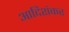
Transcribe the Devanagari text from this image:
आदिशंकर